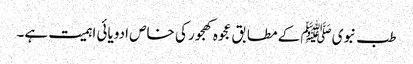
طب نبویﷺ کے مطابق عجوہ کھجور کی خاص ادویائی اہمیت ہے۔